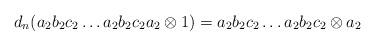
LaTeX: \begin{align*}d_n(a_2b_2c_2 \dots a_2b_2c_2a_2 \otimes 1) = a_2b_2c_2 \dots a_2b_2c_2 \otimes a_2\end{align*}